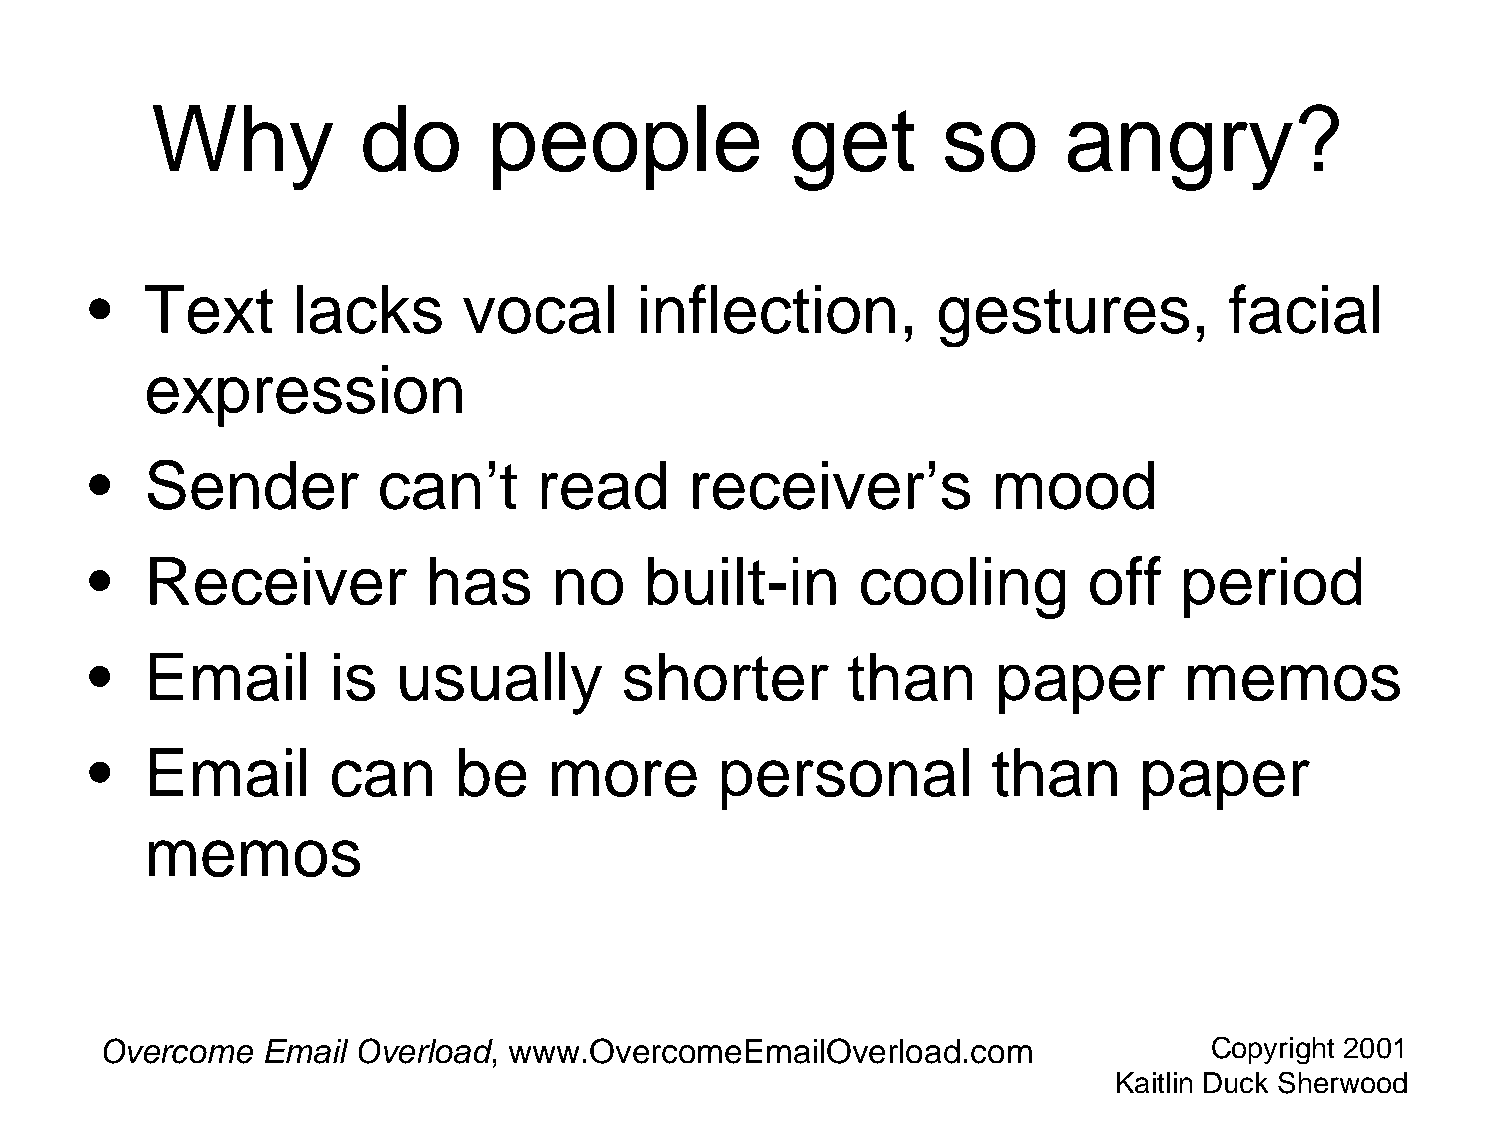
Why           do      people              get       so       angry?
 •   Text     lacks       vocal      inflection,         gestures,          facial
 expression
 •   Sender         can’t      read      receiver’s          mood
 •   Receiver          has      no    built-in      cooling        off   period
 •   Email       is  usually        shorter        than      paper       memos
 •   Email       can     be    more        personal          than      paper
 memos
 Overcome  Email  Overload, www.OvercomeEmailOverload.com                 Copyright 2001
 Kaitlin Duck Sherwood